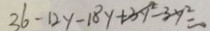
3 6 - 1 2 y - 1 8 y + 3 y ^ { 2 } - 3 y ^ { 2 } = 0